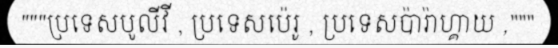
"""ប្រទេសបូលីវី , ប្រទេសប៉េរូ , ប្រទេសប៉ារ៉ាហ្គាយ ,"""